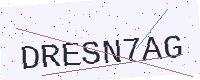
Text: DRESN7AG